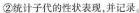
②统计子代的性状表现，并记录